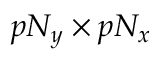
p N _ { y } \times p N _ { x }